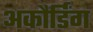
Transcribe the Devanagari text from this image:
अकौर्डिंग